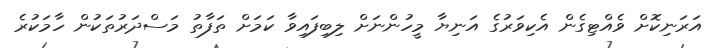
އަރަނިކޮށް ވެއްޓިގެން އެކިވަރުގެ އަނިޔާ މީހުންނަށް ލިބިފައިވާ ކަމަށް ތަފާތު މަސްދަރުތަކުން ހާމަކުރެ